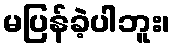
မပြန်ခဲ့ပါဘူး၊